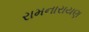
રામનારાયણ